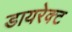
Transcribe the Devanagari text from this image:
डायरेक्‍ट